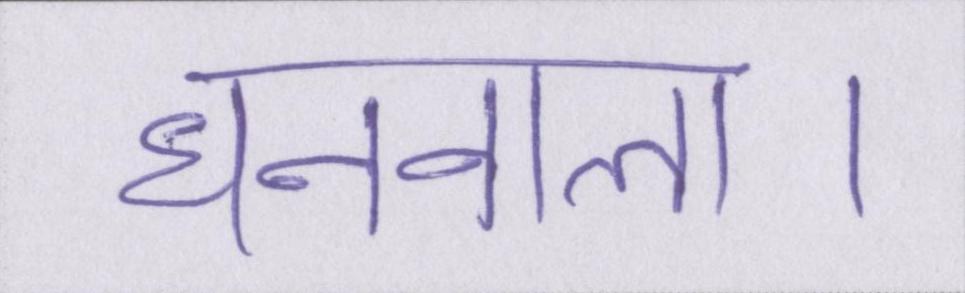
धनवाला।